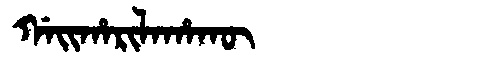
Manchu: ᡤᠠᡳᡥᠠᡵᡳᠯᠠᡥᠠᡴᡡ
Romanization: GAIHARILAHAKŪ